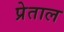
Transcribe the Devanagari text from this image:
प्रेताल